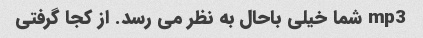
mp3 شما خیلی باحال به نظر می رسد. از کجا گرفتی